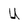
Character: U